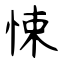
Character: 悚